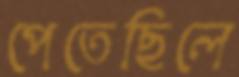
পেতেছিলে